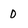
Character: 0